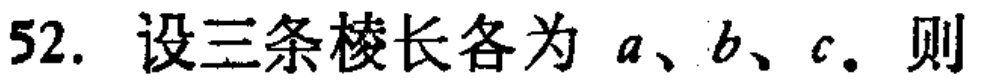
52. 设三条棱长各为 \(a、b、c\)。则